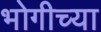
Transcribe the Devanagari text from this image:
भोगीच्या